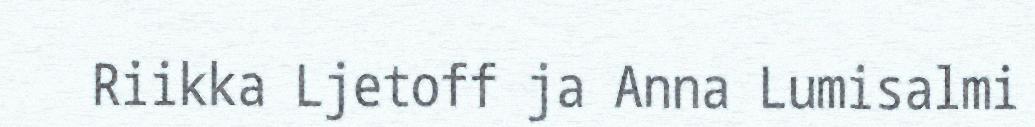
Riikka Ljetoff ja Anna Lumisalmi